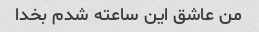
من عاشق این ساعته شدم بخدا